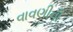
વાવણીની